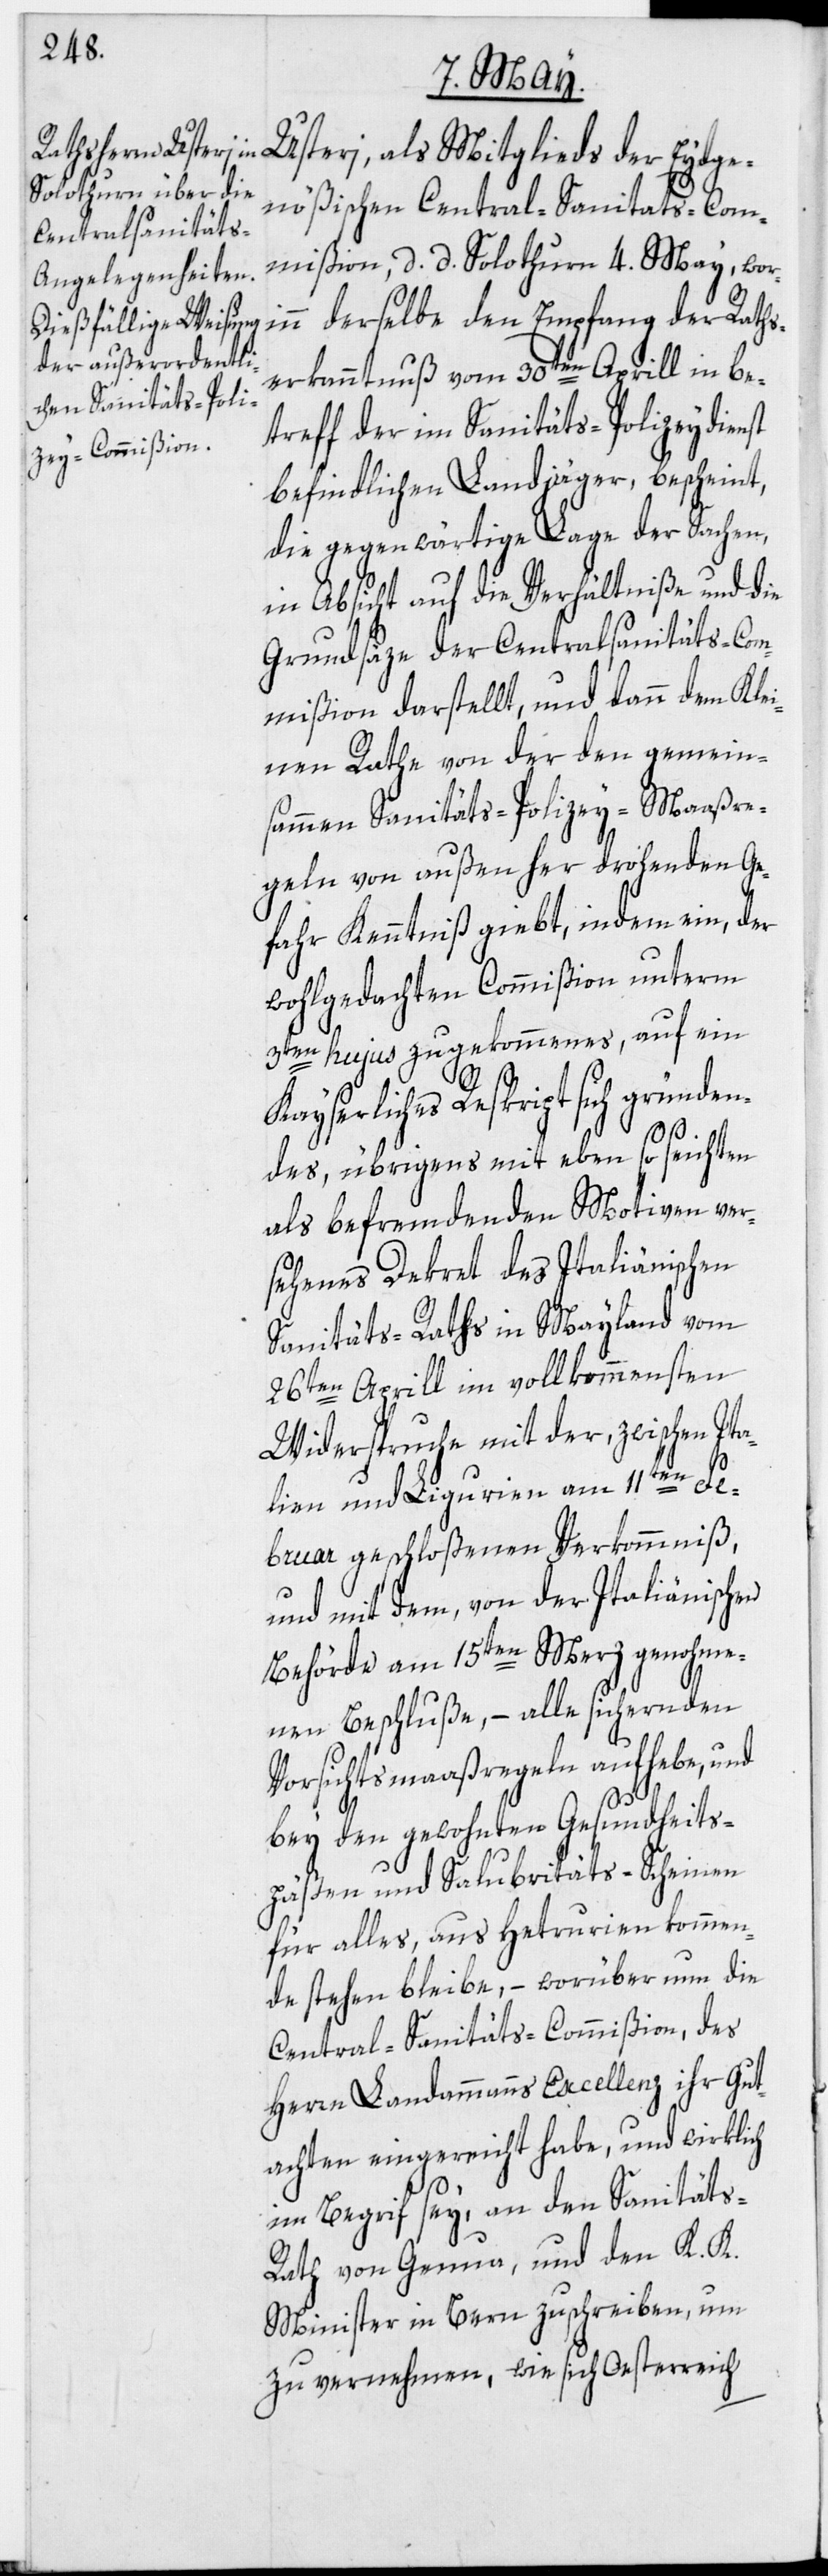
nößischen Central-Sanitats-Com¬
mißion, d. d. Solothurn 4. May, wor¬
inn derselbe den Empfang der Raths¬
erkanntnuß vom 30ten Aprill in be¬
treff der im Sanitäts-Polizeydienst
befindlichen Landjäger, bescheint,
die gegenwärtige Lage der Sachen,
in Absicht auf die Verhältniße und die
Grundsäze der Centralsanitäts-Com¬
mißion darstellt, und dann dem Klei¬
nen Rathe von der den gemein¬
sammen Sanitäts-Polizey-Maaßre¬
geln von außen her drohenden Ge¬
fahr Kenntniß giebt, indem ein, der
wohlgedachten Commißion unterm
3ten hujus zugekommenes, auf ein
Kayserliches Reskript sich gründen¬
des, übrigens mit eben so seichten
als befremdenden Motiven ver¬
sehenes Dekret des Italiänischen
Sanitäts-Raths in Mayland vom
26ten Aprill im vollkommensten
Widerspruche mit der, zwischen It¬
alien und Ligurien am 11ten Fe¬
bruar geschloßenen Verkommniß,
und mit dem, von der Italiänischen
Behörde am 15ten Merz genohme¬
nen Beschluße, – alle sichernden
Vorsichtsmaaßregeln aufhebe, und
bey den gewohnten Gesundheits¬
päßen und Salubritäts-Scheinen
für alles, aus Hetrurien kommen¬
de stehen bleibe, – worüber nun die
Central-Sanitäts-Commißion, des
Herrn Landammanns Excellenz ihr Gut¬
achten eingereicht habe, und wirklich
im Begrif sey, an den Sanitäts-R¬
ath von Genua, und den K. K.
Minister in Bern zu schreiben, um
zu vernehmen, wie sich Oesterreich